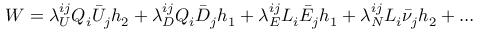
W = \lambda _ { U } ^ { i j } Q _ { i } \bar { U } _ { j } h _ { 2 } + \lambda _ { D } ^ { i j } Q _ { i } \bar { D } _ { j } h _ { 1 } + \lambda _ { E } ^ { i j } L _ { i } \bar { E } _ { j } h _ { 1 } + \lambda _ { N } ^ { i j } L _ { i } \bar { \nu } _ { j } h _ { 2 } + \ldots